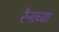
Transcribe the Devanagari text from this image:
रैनाच्या